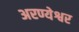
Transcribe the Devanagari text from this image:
अरण्येश्वर